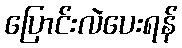
ပြောင်းလဲပေးရန်